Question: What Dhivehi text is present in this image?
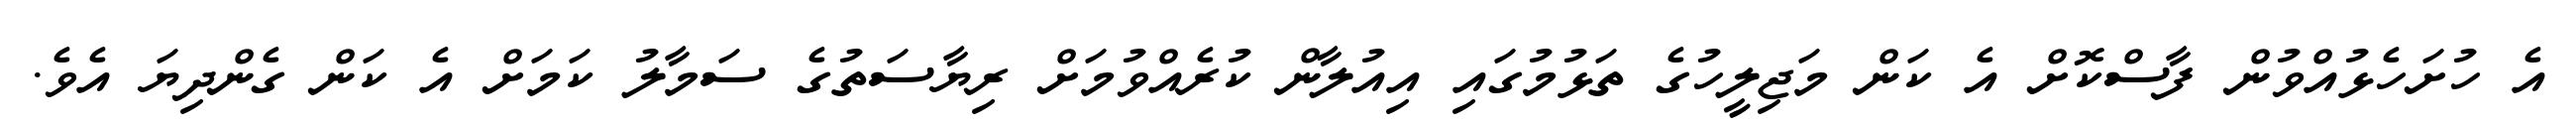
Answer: އެ ހުށަހެޅުއްވުން ފާސްކޮށް އެ ކަން މަޖިލީހުގެ ތަޅުމުގައި އިއުލާން ކުރެއްވުމަށް ރިޔާސަތުގެ ސަމާލު ކަމަށް އެ ކަން ގެންދިޔަ އެވެ.